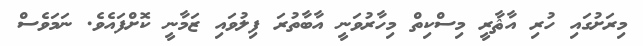
މިރަށުގައި ހުރި އާޘާރީ މިސްކިތް މިހާރުވަނީ އާބާތުރަ ފިލުވައި ޒަމާނީ ކޮށްފައެވެ. ނަމަވެސް